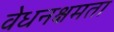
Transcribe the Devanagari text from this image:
वेधनक्षमता